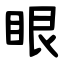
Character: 眼